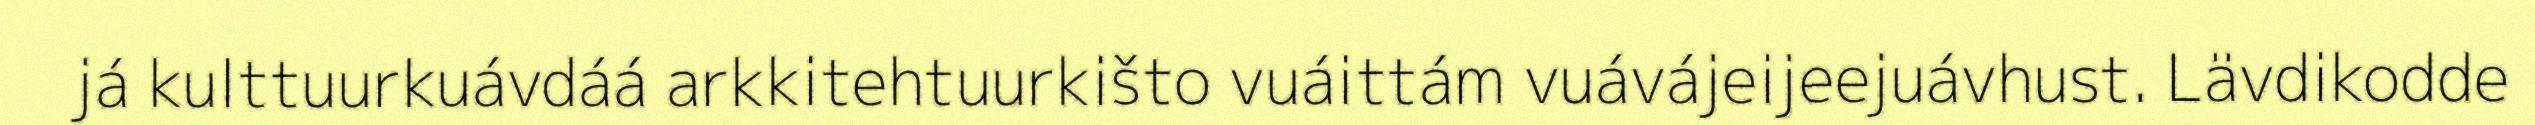
já kulttuurkuávdáá arkkitehtuurkišto vuáittám vuávájeijeejuávhust. Lävdikodde